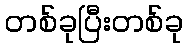
တစ်ခုပြီးတစ်ခု